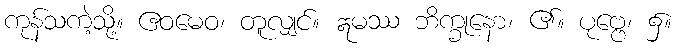
ကုန်သကဲ့သို့။ ဧဝမေဝ၊ တူလျှင်။ ဣမဿ ဘိက္ခုနော၊ ၏။ ပုဗ္ဗေ၊ ၌။